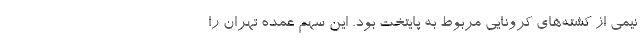
نیمی از کشته‌های کرونایی مربوط به پایتخت بود. این سهم عمده تهران را